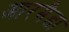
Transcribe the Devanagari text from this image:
आरमैडा